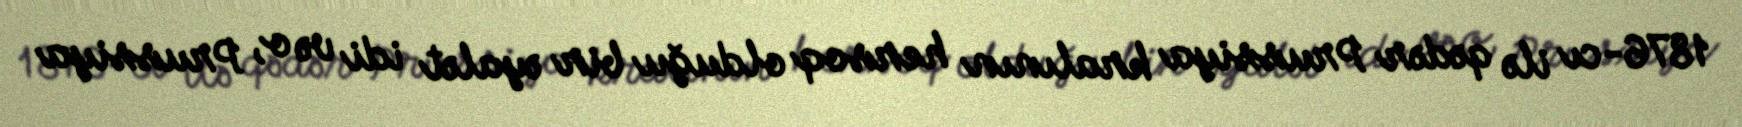
1876-cı ilə qədər Prussiya kralının hersoq olduğu bir əyalət idi və o, Prussiya